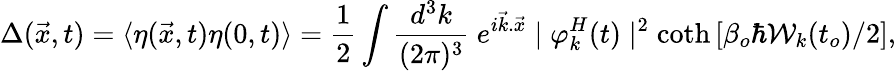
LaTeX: \Delta(\vec{x},t)=\langle\eta(\vec{x},t)\eta(0,t)\rangle=\frac{1}{2}\int\frac{d^{3}k}{(2\pi)^{3}}~e^{i\vec{k}.\vec{x}}\mid\varphi_{k}^{H}(t)\mid^{2}\coth\left[\beta_{o}\hbar{\cal{W}}_{k}(t_{o})/2\right],